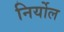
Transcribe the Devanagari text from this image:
निर्योल